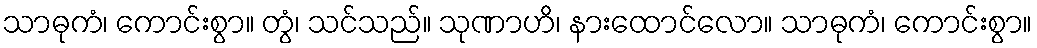
သာဓုကံ၊ ကောင်းစွာ။ တွံ၊ သင်သည်။ သုဏာဟိ၊ နားထောင်လော။ သာဓုကံ၊ ကောင်းစွာ။